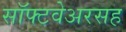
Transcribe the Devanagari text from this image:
सॉफ्टवेअरसह